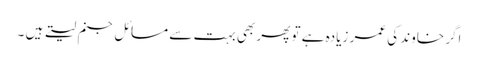
اگر خاوند کی عمر زیادہ ہے تو پھر بھی بہت سے مسائل جنم لیتے ہیں ۔